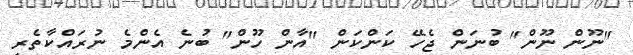
"ނޫން ނޫން" ބުނަން ޖެހޭ ކަންކަން "އާން ހޫން" ބުނެ އެންމެ ނުރައްކާތެރި